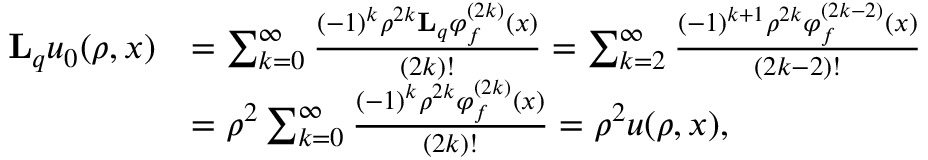
\begin{array} { r l } { \mathbf { L } _ { q } u _ { 0 } ( \rho , x ) } & { = \sum _ { k = 0 } ^ { \infty } \frac { ( - 1 ) ^ { k } \rho ^ { 2 k } \mathbf { L } _ { q } \varphi _ { f } ^ { ( 2 k ) } ( x ) } { ( 2 k ) ! } = \sum _ { k = 2 } ^ { \infty } \frac { ( - 1 ) ^ { k + 1 } \rho ^ { 2 k } \varphi _ { f } ^ { ( 2 k - 2 ) } ( x ) } { ( 2 k - 2 ) ! } } \\ & { = \rho ^ { 2 } \sum _ { k = 0 } ^ { \infty } \frac { ( - 1 ) ^ { k } \rho ^ { 2 k } \varphi _ { f } ^ { ( 2 k ) } ( x ) } { ( 2 k ) ! } = \rho ^ { 2 } u ( \rho , x ) , } \end{array}